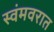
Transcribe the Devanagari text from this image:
स्वंमवरात